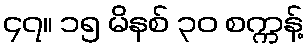
၄၇။ ၁၅ မိနစ် ၃၀ စက္ကန့်